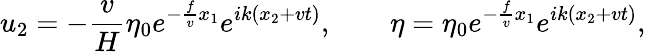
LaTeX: u_{2}=-\frac{v}{H}\eta_{0}e^{-\frac{f}{v}x_{1}}e^{ik(x_{2}+vt)},\qquad\eta=\eta_{0}e^{-\frac{f}{v}x_{1}}e^{ik(x_{2}+vt)},